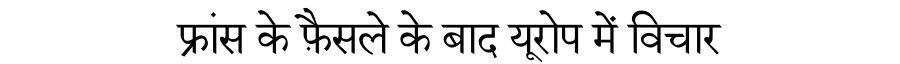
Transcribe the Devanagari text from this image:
फ्रांस के फ़ैसले के बाद यूरोप में विचार